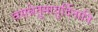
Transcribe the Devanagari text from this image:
वसन्नेतुमायुर्दिनानि